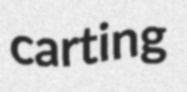
carting